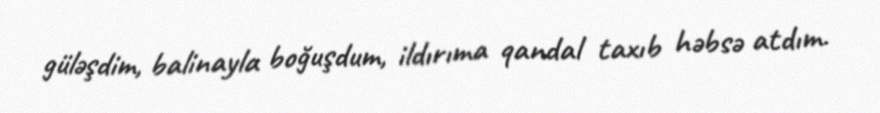
güləşdim, balinayla boğuşdum, ildırıma qandal taxıb həbsə atdım.